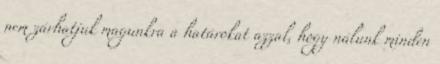
nem zárhatjuk magunkra a határokat azzal, hogy nálunk minden